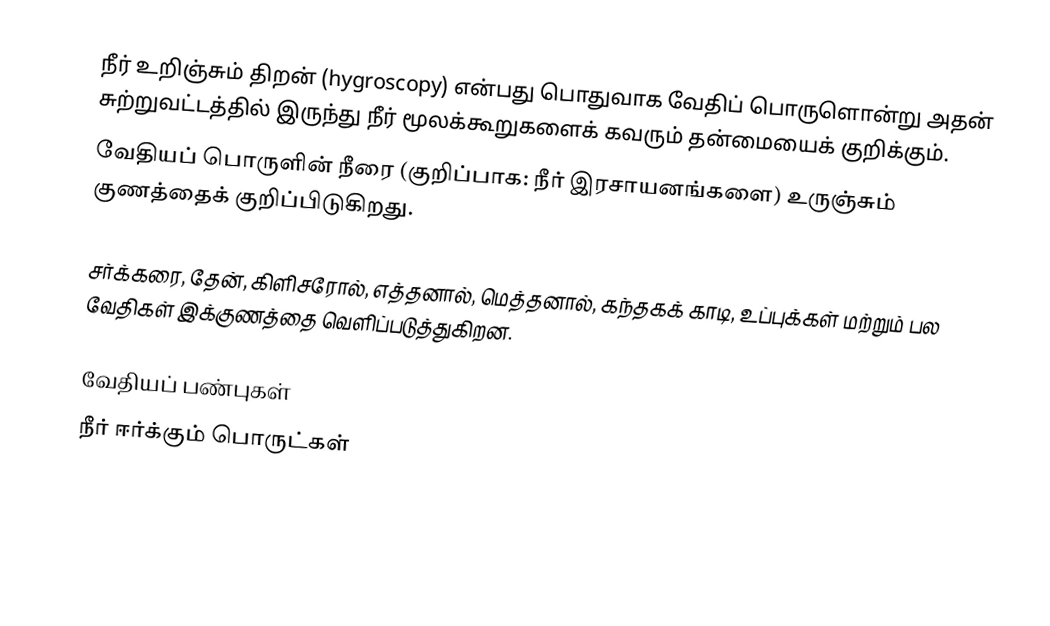
நீர் உறிஞ்சும் திறன் (hygroscopy) என்பது பொதுவாக வேதிப் பொருளொன்று அதன் சுற்றுவட்டத்தில் இருந்து நீர் மூலக்கூறுகளைக் கவரும் தன்மையைக் குறிக்கும்.
வேதியப் பொருளின் நீரை (குறிப்பாக: நீர் இரசாயனங்களை) உருஞ்சும் குணத்தைக் குறிப்பிடுகிறது.

சர்க்கரை, தேன்,  கிளிசரோல், எத்தனால், மெத்தனால், கந்தகக் காடி, உப்புக்கள் மற்றும் பல வேதிகள் இக்குணத்தை வெளிப்படுத்துகிறன.

வேதியப் பண்புகள்
நீர் ஈர்க்கும் பொருட்கள்